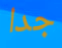
جدا